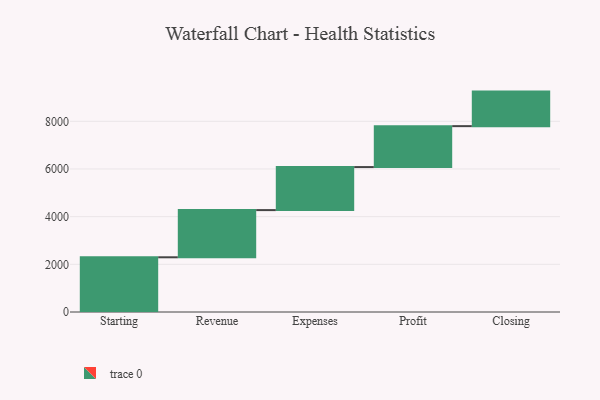
{"axis": {"x": "Step", "y": "Value"}, "legend": [""], "data": [{"x": "Starting", "y": 2295.0, "type": ""}, {"x": "Revenue", "y": 1980.0, "type": ""}, {"x": "Expenses", "y": 1805.0, "type": ""}, {"x": "Profit", "y": 1717.0, "type": ""}, {"x": "Closing", "y": 1449.0, "type": ""}]}